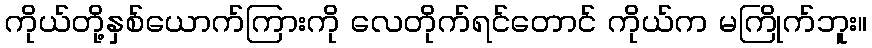
ကိုယ်တို့နှစ်ယောက်ကြားကို လေတိုက်ရင်တောင် ကိုယ်က မကြိုက်ဘူး။